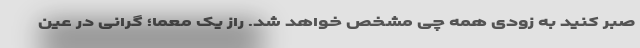
صبر کنید به زودی همه چی مشخص خواهد شد. راز یک معما؛ گرانی در عین